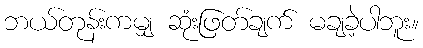
ဘယ်တုန်းကမျှ ဆုံးဖြတ်ချက် မချခဲ့ပါဘူး။